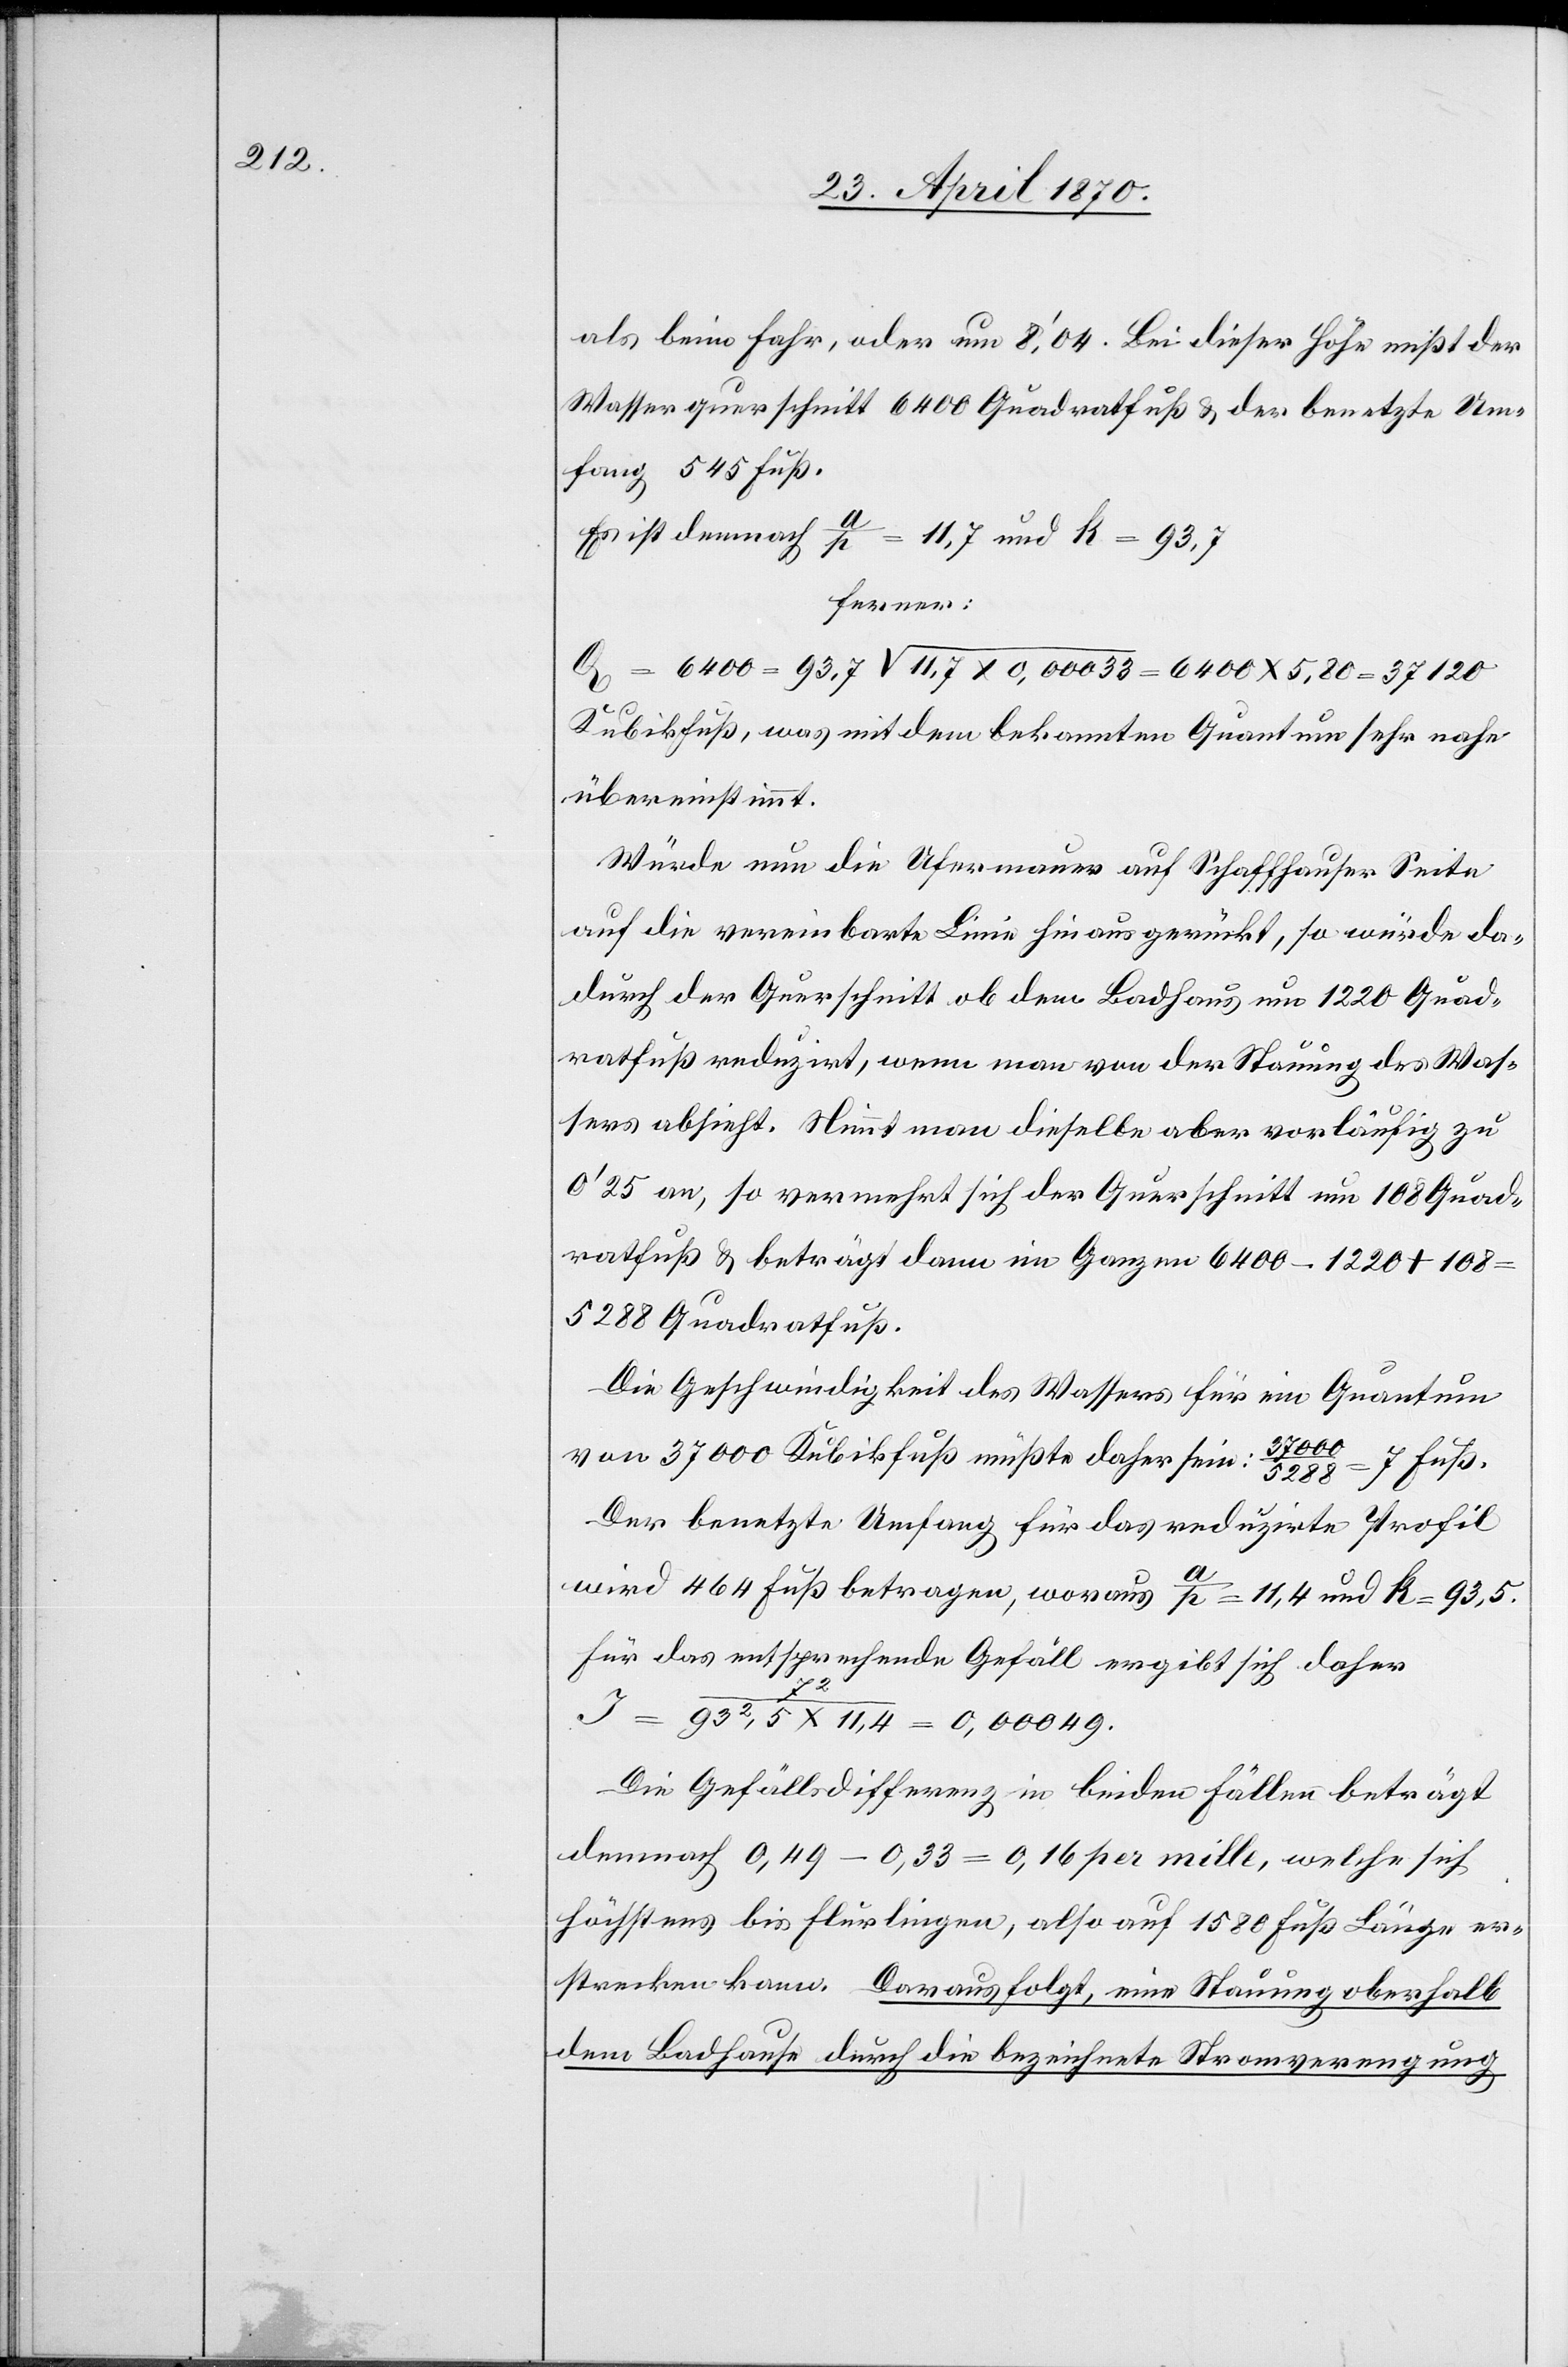
37 120

als beim Fahr, oder um 8‘,04. Bei dieser Höhe mißt der
Wasserquerschnitt 6400 Quadratfuß & der benetzte Um¬
fang 545 Fuß.
Es ist demnach a/p = 11,7 und k = 93,7
ferner:
Kubikfuß, was mit dem bekannten Quantum sehr nahe
übereinstimmt.
Würde nun die Ufermauer auf Schaffhauser Seite
auf die vereinbarte Linie hin ausgerückt, so würde da¬
durch der Querschnitt ob dem Badhaus um 1220 Quad¬
ratfuß reduzirt, wenn man von der Stauung des Was¬
sers absieht. Nimmt man dieselbe aber vorläufig zu
0’25 an, so vermehrt sich der Querschnitt um 108 Quad¬
ratfuß & beträgt dann im Ganzen 6400 – 1220 + 108
5288 Quadratfuß.
Die Geschwindigkeit des Wassers für ein Quantum
von 37 000 Kubikfuß müßte daher sein:
Der benetzte Umfang für das reduzirte Profil
d 464 Fuß betragen, woraus a/p = 11,4 und k = 93,5.
Für das entsprechende Gefäll ergibt sich daher
5,80
72/932,5 x 11,4 = 0,00049.
Die Gefällsdifferenz in beiden Fällen beträgt
demnach 0,49 – 0,33 = 0,16 per mille, welche sich
höchstens bis Flurlingen, also auf 1580 Fuß Länge er¬
strecken kann. Daraus folgt, eine Stauung oberhalb
dem Badhause durch die bezeichnete Stromverengung